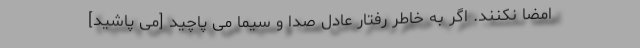
امضا نکنند. اگر به خاطر رفتار عادل صدا و سیما می پاچید [می پاشید]